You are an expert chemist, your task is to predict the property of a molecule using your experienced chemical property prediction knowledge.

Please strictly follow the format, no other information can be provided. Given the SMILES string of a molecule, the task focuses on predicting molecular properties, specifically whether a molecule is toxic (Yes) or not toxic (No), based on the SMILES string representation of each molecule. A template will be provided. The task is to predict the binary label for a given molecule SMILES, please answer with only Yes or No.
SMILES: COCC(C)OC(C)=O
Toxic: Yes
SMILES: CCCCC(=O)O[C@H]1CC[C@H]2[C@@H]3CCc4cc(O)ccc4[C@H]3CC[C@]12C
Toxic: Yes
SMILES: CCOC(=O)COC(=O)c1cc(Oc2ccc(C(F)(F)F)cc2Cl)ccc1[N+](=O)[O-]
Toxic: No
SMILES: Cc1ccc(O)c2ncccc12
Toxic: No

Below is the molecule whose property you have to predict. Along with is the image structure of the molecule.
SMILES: O=C(NC(=O)c1c(F)cccc1F)Nc1cc(Cl)c(F)c(Cl)c1F
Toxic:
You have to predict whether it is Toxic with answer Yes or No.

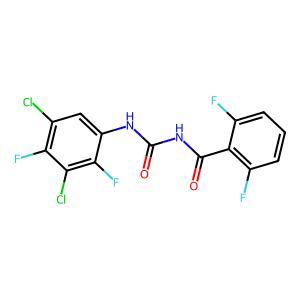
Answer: No